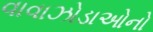
વાવાઝોડાઓનો